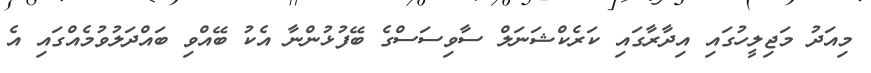
މިއަދު މަޖިލީހުގައި އިދާރާގައި ކަރެކްޝަނަލް ސާވިސަސްގެ ބޭފުޅުންނާ އެކު ބޭއްވި ބައްދަލުވުމެއްގައި އެ